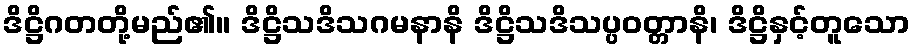
ဒိဋ္ဌိဂတတို့မည်၏။ ဒိဋ္ဌိသဒိသဂမနာနိ ဒိဋ္ဌိသဒိသပ္ပဝတ္တာနိ၊ ဒိဋ္ဌိနှင့်တူသော